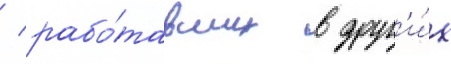
/ рабо́тавших в друг'и́х